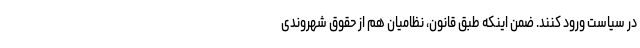
در سیاست ورود کنند. ضمن اینکه طبق قانون، نظامیان هم از حقوق شهروندی